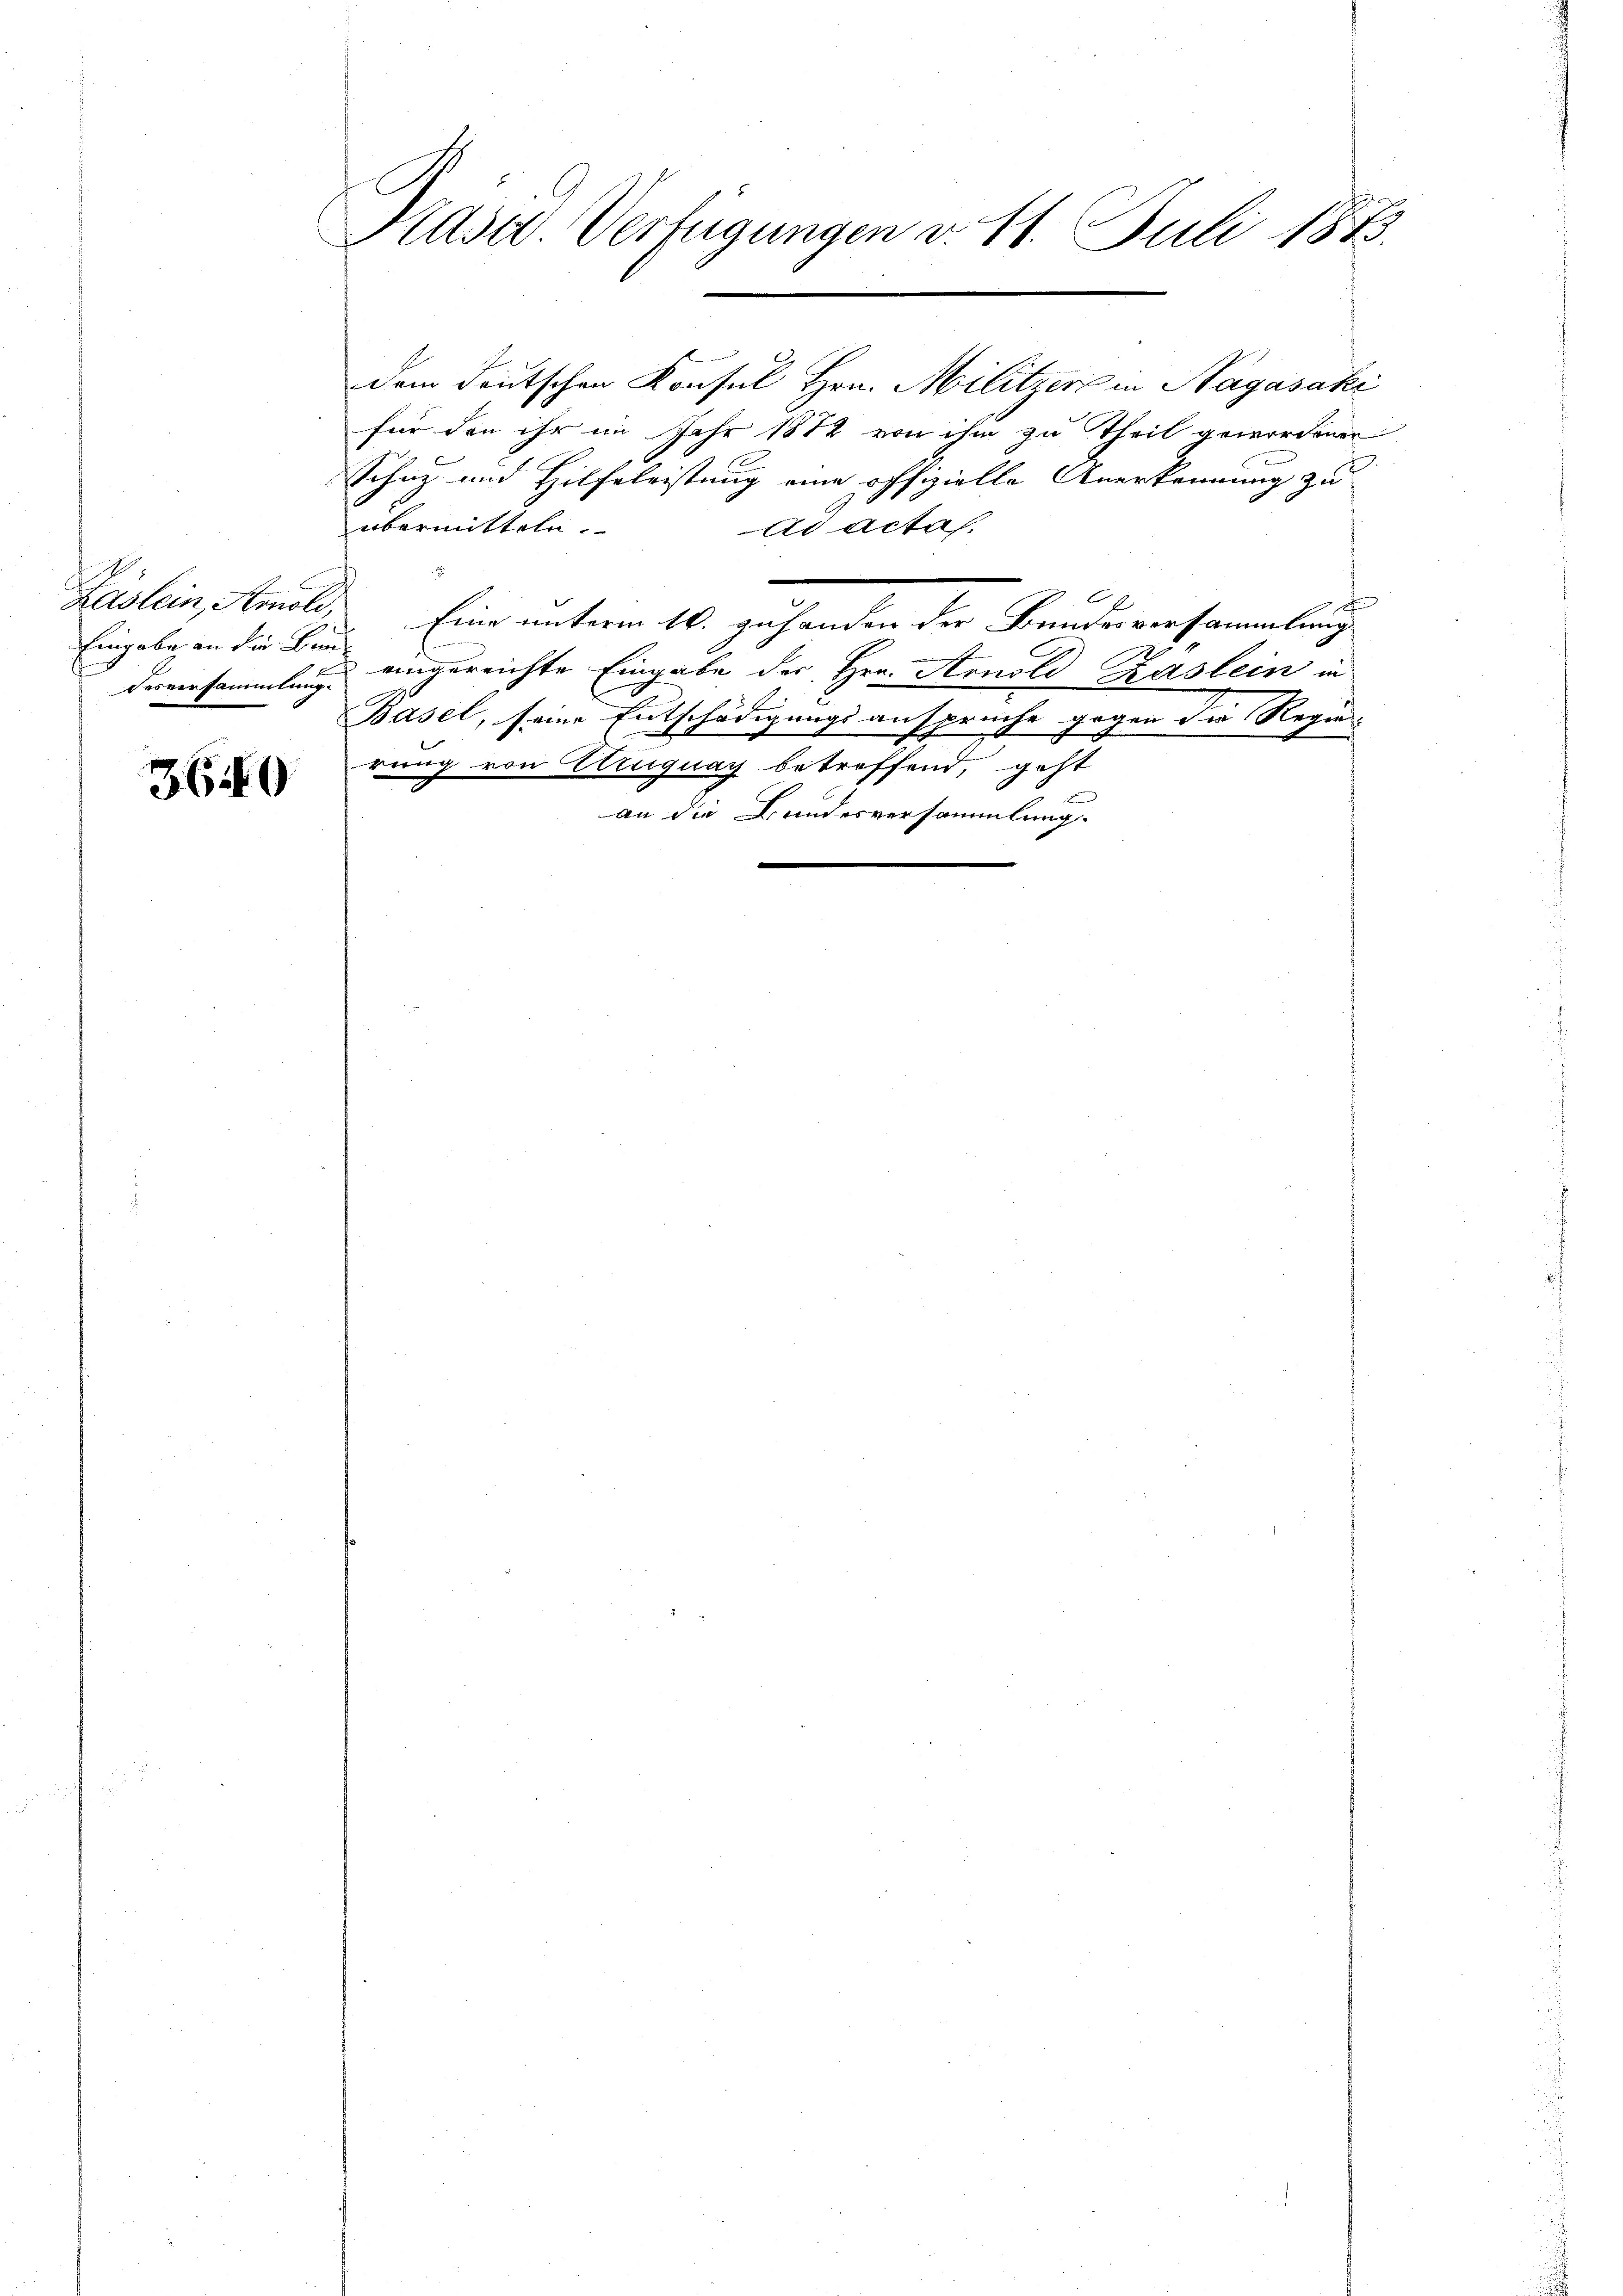
Eingabe an die Baue

369

Präsid. Verfügungen v. 11. Juli 1873.

für den ihr im Jahr 1872 von ihm zu Theil gewordenen
Schutz und Hilfeleistung eine offizielle Anerkennung zu
übermitteln.
ad actas.

-
Zäslein, Arnold, Eine unterm 10. zuhanden der Bundesversammlung
derversammlung eingereichte Eingabe der Hrn. Arnold Käslein in
Basel, seine Entschädigungsansprüche gegen die Regier
rung von Uruguay betreffend, geht
an die Bundesversammlung.
e

dem deutschen Konsul Hrn. Militzer in Nagásaki